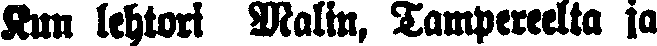
Kun lehtori Malin, Tampereelta ja